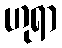
ဟုရာ